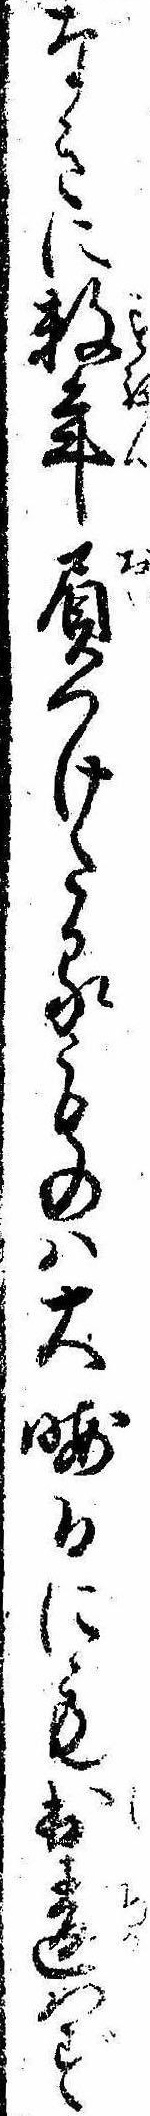
なきに数年負つけたるものは大晦日にも出違はず